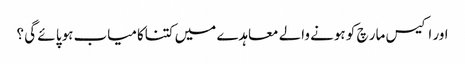
اور اکیس مار چ کو ہونے والے معاہدے میں کتناکامیاب ہوپا ئے گی ؟